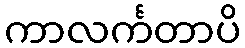
ကာလင်္ကတာပိ